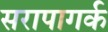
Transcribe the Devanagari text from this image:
सरापागर्क